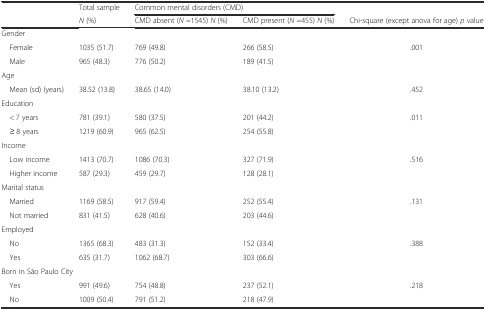
<table><thead><tr><td></td><td><b>Total sample</b></td><td colspan="2"><b>Common mental disorders (CMD)</b></td><td></td></tr><tr><td></td><td><b><i>N</i> (%)</b></td><td><b>CMD absent (<i>N</i> =1545) <i>N</i> (%)</b></td><td><b>CMD present (<i>N</i> =455) <i>N</i> (%)</b></td><td><b>Chi-square (except anova for age) <i>p</i> value</b></td></tr></thead><tbody><tr><td colspan="5">Gender</td></tr><tr><td> Female</td><td>1035 (51.7)</td><td>769 (49.8)</td><td>266 (58.5)</td><td>.001</td></tr><tr><td> Male</td><td>965 (48.3)</td><td>776 (50.2)</td><td>189 (41.5)</td><td></td></tr><tr><td colspan="5">Age</td></tr><tr><td> Mean (sd) (years)</td><td>38.52 (13.8)</td><td>38.65 (14.0)</td><td>38.10 (13.2)</td><td>.452</td></tr><tr><td colspan="5">Education</td></tr><tr><td> &lt; 7 years</td><td>781 (39.1)</td><td>580 (37.5)</td><td>201 (44.2)</td><td>.011</td></tr><tr><td> ≥ 8 years</td><td>1219 (60.9)</td><td>965 (62.5)</td><td>254 (55.8)</td><td></td></tr><tr><td colspan="5">Income</td></tr><tr><td> Low income</td><td>1413 (70.7)</td><td>1086 (70.3)</td><td>327 (71.9)</td><td>.516</td></tr><tr><td> Higher income</td><td>587 (29.3)</td><td>459 (29.7)</td><td>128 (28.1)</td><td></td></tr><tr><td colspan="5">Marital status</td></tr><tr><td> Married</td><td>1169 (58.5)</td><td>917 (59.4)</td><td>252 (55.4)</td><td>.131</td></tr><tr><td> Not married</td><td>831 (41.5)</td><td>628 (40.6)</td><td>203 (44.6)</td><td></td></tr><tr><td colspan="5">Employed</td></tr><tr><td> No</td><td>1365 (68.3)</td><td>483 (31.3)</td><td>152 (33.4)</td><td>.388</td></tr><tr><td> Yes</td><td>635 (31.7)</td><td>1062 (68.7)</td><td>303 (66.6)</td><td></td></tr><tr><td colspan="5">Born in São Paulo City</td></tr><tr><td> Yes</td><td>991 (49.6)</td><td>754 (48.8)</td><td>237 (52.1)</td><td>.218</td></tr><tr><td> No</td><td>1009 (50.4)</td><td>791 (51.2)</td><td>218 (47.9)</td><td></td></tr></tbody></table>